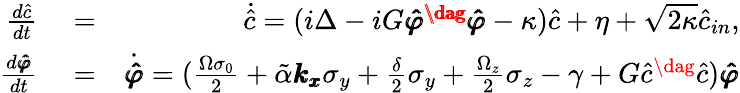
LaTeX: \begin{array}{rlr}{\frac{d\hat{c}}{dt}}&{{}=}&{\dot{\hat{c}}=(i\Delta-iG\pmb{\hat{\varphi}^{\dag}\hat{\varphi}}-\kappa)\hat{c}+\eta+\sqrt{2\kappa}\hat{c}_{in},}\\ {\frac{d\pmb{\hat{\varphi}}}{dt}}&{{}=}&{\dot{\pmb{\hat{\varphi}}}=(\frac{\Omega\sigma_{0}}{2}+\tilde{\alpha}\pmb{k_{x}}\sigma_{y}+\frac{\delta}{2}\sigma_{y}+\frac{\Omega_{z}}{2}\sigma_{z}-\gamma+G\hat{c}^{\dag}\hat{c})\pmb{\hat{\varphi}}}\end{array}